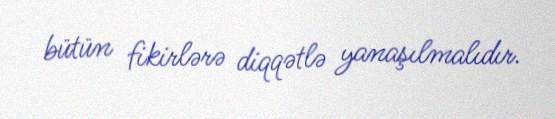
bütün fikirlərə diqqətlə yanaşılmalıdır.